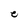
Character: e